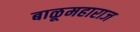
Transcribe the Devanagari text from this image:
बाळूमहाराज